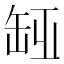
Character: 𦈮